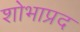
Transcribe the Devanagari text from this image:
शोभाप्रद